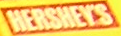
HERSHEYS